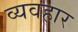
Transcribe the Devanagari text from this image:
व्यवहार